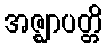
အဇ္ဈာပတ္တိ